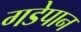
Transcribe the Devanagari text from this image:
गडेपान